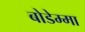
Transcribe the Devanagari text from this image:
बोडेम्मा